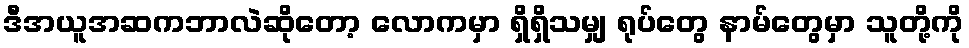
ဒီအယူအဆကဘာလဲဆိုတော့ လောကမှာ ရှိရှိသမျှ ရုပ်တွေ နာမ်တွေမှာ သူတို့ကို